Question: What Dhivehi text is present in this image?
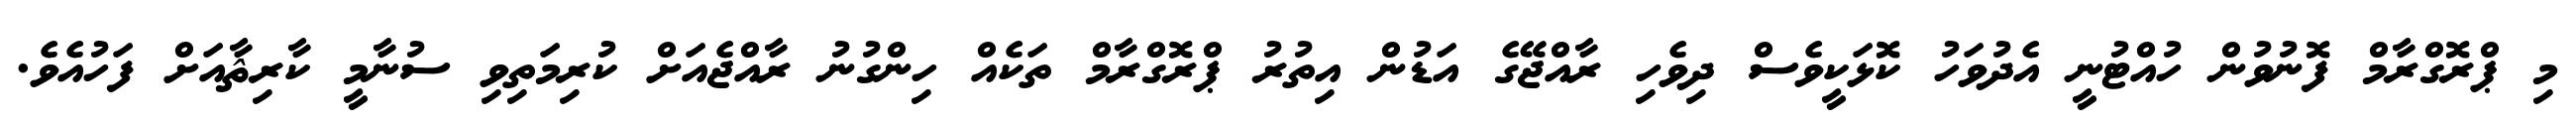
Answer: މި ޕްރޮގްރާމް ފޮނުވުން ހުއްޓުނީ އެދުވަހު ކޮޅަކީވެސް ދިވެހި ރާއްޖޭގެ އަޑުން އިތުރު ޕްރޮގްރާމް ތަކެއް ހިންގުނު ރާއްޖެއަށް ކުރިމަތިވި ސުނާމީ ކާރިޘާއަށް ފަހުއެވެ.